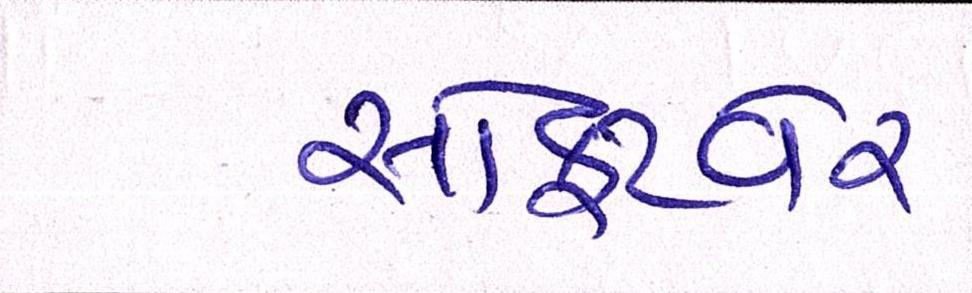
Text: સોફટવેર